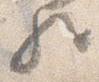
歟